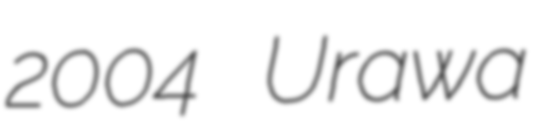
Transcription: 2004 Urawa